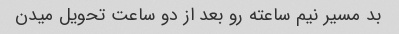
بد مسیر نیم ساعته رو بعد از دو ساعت تحویل میدن